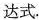
达式.